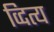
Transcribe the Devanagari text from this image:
व्दित्य